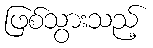
ဖြစ်သွားသည့်